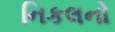
નિકલનો